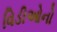
વિડીઓનો